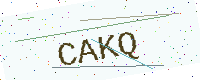
Text: CAKQ